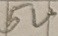
Text: 5V